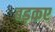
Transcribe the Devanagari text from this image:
बड़कए